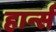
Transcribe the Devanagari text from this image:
हार्न्स